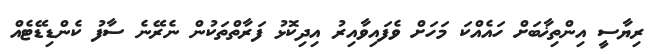
ރިޔާސީ އިންތިޚާބަށް ހައެއްކަ މަހަށް ވެފައިވާއިރު އިދިކޮޅު ފަރާތްތަކުން ނެރޭނެ ސާފު ކެންޑިޑޭޓެއް